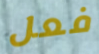
فعل